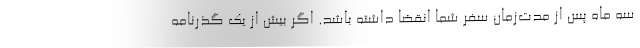
سه ماه پس از مدت‌زمان سفر شما انقضا داشته باشد. اگر بیش از یک گذرنامه